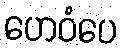
ဟေဝံပေ